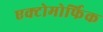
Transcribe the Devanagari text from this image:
एक्टोमोर्फिक